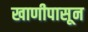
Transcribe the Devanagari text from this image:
खाणीपासून